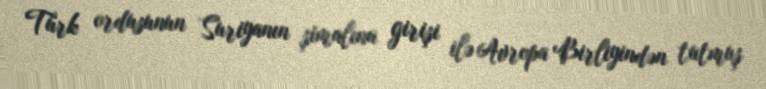
Türk ordusunun Suriyanın şimalına girişi ilə Avropa Birliyindən tutmuş